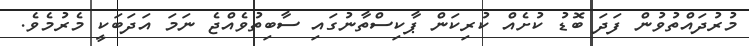
މުރުދައްތުވުން ފަދަ ބޮޑު ކުށެއް ކުރިކަން ޕާކިސްތާނުގައި ސާބިތުވެއްޖެ ނަމަ އަދަބަކީ މެރުމެވެ.